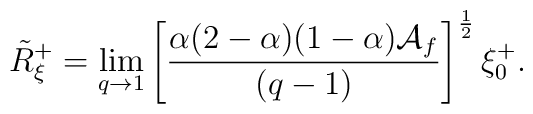
\tilde{R}_{\xi}^{+}=\lim_{q\to 1}\left[\frac{\alpha(2-\alpha)(1-\alpha) \mathcal{A}_f}{(q-1)}\right]^{\frac{1}{2}}\xi_{0}^{+}.